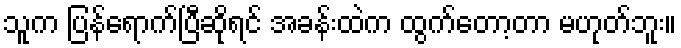
သူက ပြန်ရောက်ပြီဆိုရင် အခန်းထဲက ထွက်တော့တာ မဟုတ်ဘူး။